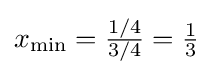
{\textstyle x_{\mathrm {min} }={\frac {1/4}{3/4}}={\frac {1}{3}}}